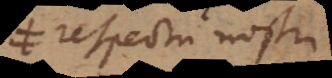
respectu nostri